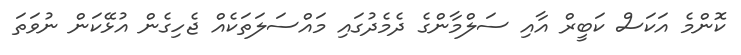
ކޮންމެ އަކަސް ކަބީރް އާއި ސަލްމާންގެ ދެމެދުގައި މައްސަލަތަކެއް ޖެހިގެން އުޅޭކަން ނުވަތަ